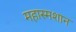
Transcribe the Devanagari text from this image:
महास्मशान